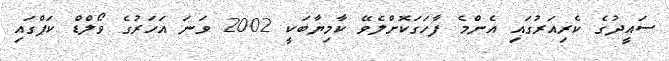
ސައީދުގެ ކެރިއަރުގައި އެންމެ ފާހަގަކޮށްލެވޭ ކާމިޔާބަކީ 2002 ވަނަ އަހަރުގެ ވޯލްޑް ކަޕްގައި